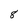
Character: 8